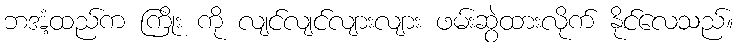
ဘအံ့ထည်က ကြိုး ကို လျင်လျင်လျားလျား ဖမ်းဆွဲထားလိုက် နိုင်လေသည်။